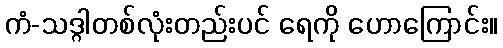
ကံ-သဒ္ဂါတစ်လုံးတည်းပင် ရေကို ဟောကြောင်း။